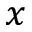
x